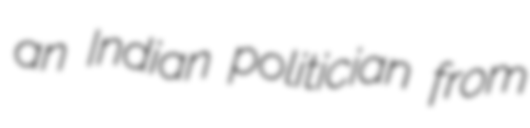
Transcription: an Indian politician from